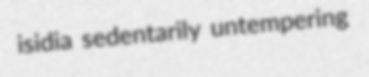
isidia sedentarily untempering